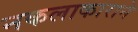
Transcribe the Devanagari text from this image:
नकलाकाराने